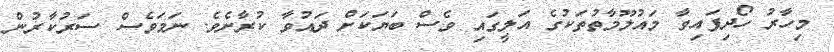
މިހާރު ހޯދިފައިވާ މައުލޫމާތުތަކުގެ އަލީގައި ވެސް ބަޔަކަށް ދައުވާ ކުރާށެވެ. ނަމަވެސް ސަރުކާރުން